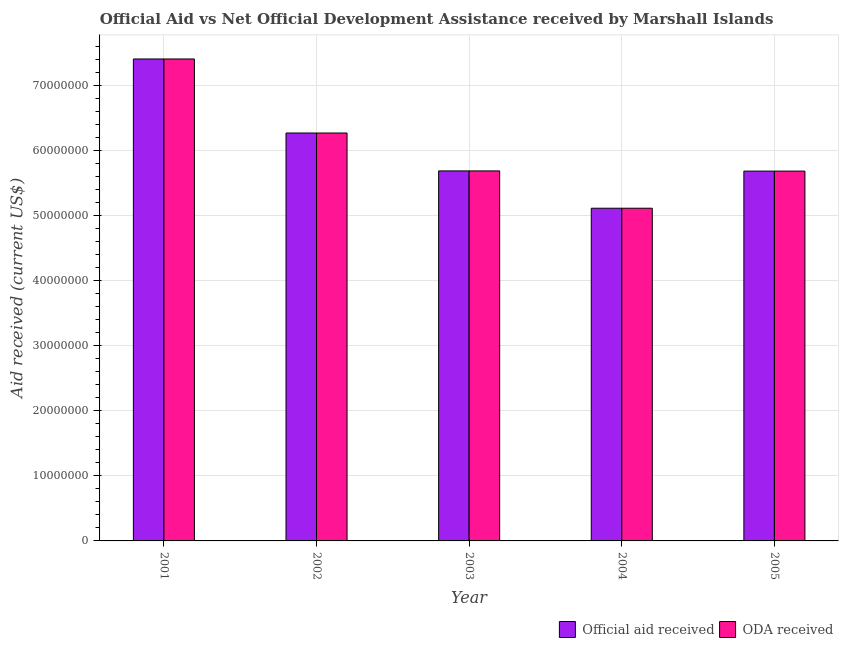
| Year | Official aid received | ODA received |
 | --- | --- | --- |
 | 2001 | 7.4e+07 | 7.4e+07 |
 | 2002 | 6.26e+07 | 6.26e+07 |
 | 2003 | 5.68e+07 | 5.68e+07 |
 | 2004 | 5.11e+07 | 5.11e+07 |
 | 2005 | 5.68e+07 | 5.68e+07 |